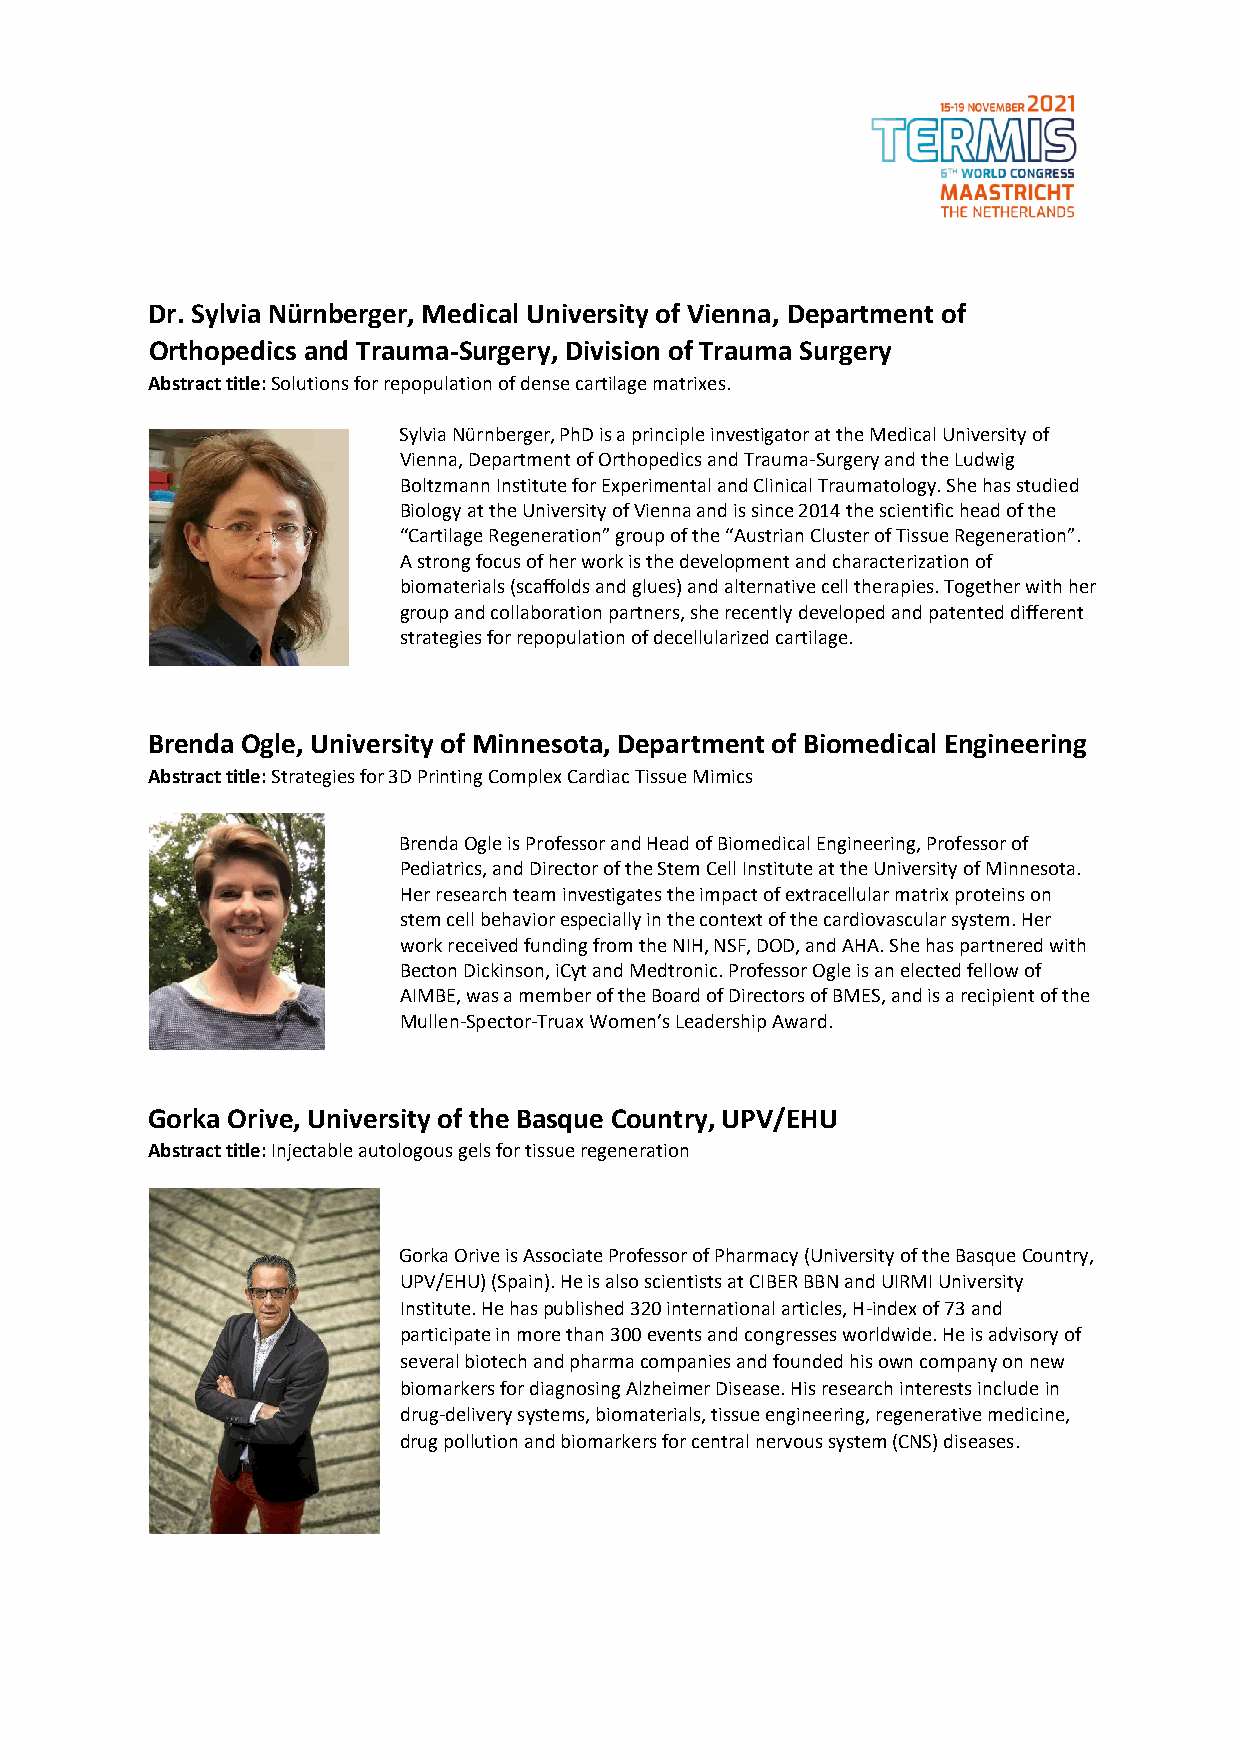
Dr. Sylvia Nürnberger, Medical University of Vienna, Department of
 Orthopedics and Trauma-Surgery, Division of Trauma Surgery
 Abstract title: Solutions for repopulation of dense cartilage matrixes.
 Sylvia Nürnberger, PhD is a principle investigator at the Medical University of
 Vienna, Department of Orthopedics and Trauma-Surgery and the Ludwig
 Boltzmann Institute for Experimental and Clinical Traumatology. She has studied
 Biology at the University of Vienna and is since 2014 the scientific head of the
 “Cartilage Regeneration” group of the “Austrian Cluster of Tissue Regeneration”.
 A strong focus of her work is the development and characterization of
 biomaterials (scaffolds and glues) and alternative cell therapies. Together with her
 group and collaboration partners, she recently developed and patented different
 strategies for repopulation of decellularized cartilage.
 Brenda Ogle, University of Minnesota, Department of Biomedical Engineering
 Abstract title: Strategies for 3D Printing Complex Cardiac Tissue Mimics
 Brenda Ogle is Professor and Head of Biomedical Engineering, Professor of
 Pediatrics, and Director of the Stem Cell Institute at the University of Minnesota.
 Her research team investigates the impact of extracellular matrix proteins on
 stem cell behavior especially in the context of the cardiovascular system. Her
 work received funding from the NIH, NSF, DOD, and AHA. She has partnered with
 Becton Dickinson, iCyt and Medtronic. Professor Ogle is an elected fellow of
 AIMBE, was a member of the Board of Directors of BMES, and is a recipient of the
 Mullen-Spector-Truax Women’s Leadership Award.
 Gorka Orive, University of the Basque Country, UPV/EHU
 Abstract title: Injectable autologous gels for tissue regeneration
 Gorka Orive is Associate Professor of Pharmacy (University of the Basque Country,
 UPV/EHU) (Spain). He is also scientists at CIBER BBN and UIRMI University
 Institute. He has published 320 international articles, H-index of 73 and
 participate in more than 300 events and congresses worldwide. He is advisory of
 several biotech and pharma companies and founded his own company on new
 biomarkers for diagnosing Alzheimer Disease. His research interests include in
 drug-delivery systems, biomaterials, tissue engineering, regenerative medicine,
 drug pollution and biomarkers for central nervous system (CNS) diseases.